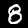
Digit: 8